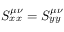
S _ { x x } ^ { \mu \nu } = S _ { y y } ^ { \mu \nu }